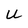
Character: U